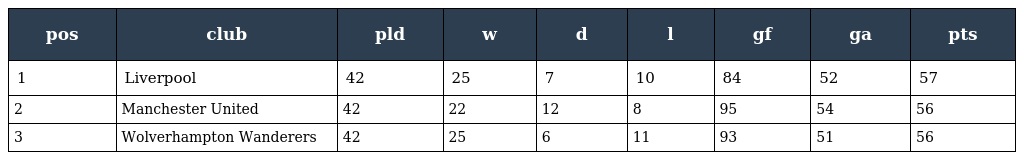
| pos | club | pld | w | d | l | gf | ga | pts |
 | --- | --- | --- | --- | --- | --- | --- | --- | --- |
 | 1 | Liverpool | 42 | 25 | 7 | 10 | 84 | 52 | 57 |
 | 2 | Manchester United | 42 | 22 | 12 | 8 | 95 | 54 | 56 |
 | 3 | Wolverhampton Wanderers | 42 | 25 | 6 | 11 | 93 | 51 | 56 |